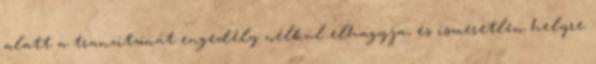
alatt a tranzitzónát engedély nélkül elhagyja, és ismeretlen helyre